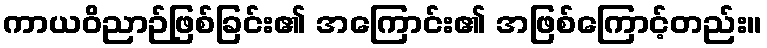
ကာယဝိညာဉ်ဖြစ်ခြင်း၏ အကြောင်း၏ အဖြစ်ကြောင့်တည်း။